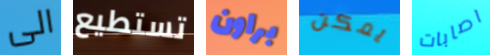
الى تستطيع براون يمكن اصابات